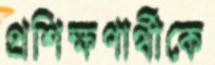
প্রশিক্ষণার্থীকে